Vaccination in Bombay 1869-1873 - 1869-1873
Year: 1869
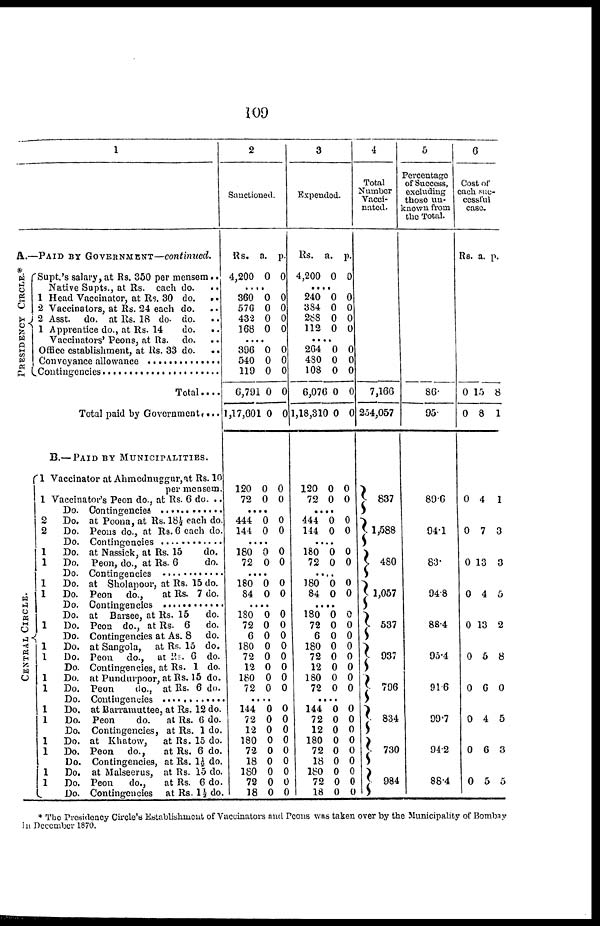
109
1
A.—PAID BY GOVERNMENT—continued.
PRESIDENCY CIRCLE.*
CENTRAL CIRCLE.
Supt.'s salary, at Rs. 350 per mensem ..
Native Supts., at Rs. each do.
..
1 Head Vaccinator, at Rs. 30 do.
..
2 Vaccinators, at Rs. 24 each do. ..
2 Asst. do. at Rs. 18 do. do. ..
1 Apprentice do., at Rs. 14
do. ..
Vaccinators' Peons, at Rs. do.
..
Office establishment, at Rs. 33 do.
..
Conveyance allowance ....................
Contingencies ....................................
Total....
Total paid by Government ....
B.—PAID BY MUNICIPALITIES.
1 Vaccinator at Ahmednuggur,at Rs. 10
per mensem.
1 Vaccinator's Peon do., at Rs. 6 do. ..
Do. Contingencies ....................
2
Do. at Poona, at Rs. 18½ each do.
2
Do. Peons do., at Rs. 6 each do.
Do. Contingencies ................
1
Do. at Nassick, at Rs. 15
do.
1
Do. Peon, do., at Rs. 6
do.
Do. Contingencies ....................
1
Do. at Sholapoor, at Rs. 15 do.
1
Do. Peon do.,
at Rs. 7 do.
Do. Contingencies ....................
Do. at Barsee, at Rs. 15
do.
1
Do. Peon do., at Rs. 6 do.
Do. Contingencies at As. 8 do.
1
Do. at Sangola, at Rs. 15 do.
1
Do. Peon do., at Rs. 6 do.
Do. Contingencies, at Rs. 1 do.
1
Do. at Pundurpoor, at Rs. 15 do.
1
Do. Peon
do., at Rs. 6 do.
Do. Contingencies ....................
1
Do. at Barramuttee, at Rs. 12 do.
1
Do. Peon
do.
at Rs. 6 do.
Do. Contingencies, at Rs. 1 do.
1
Do. at Khatow,
at Rs. 15 do.
1
Do. Peon do.,
at Rs. 6 do.
Do. Contingencies, at Rs. 1½ do.
1
Do. at Malseerus, at Rs. 15 do.
1
Do. Peon
do.,
at Rs. 6 do.
Do. Contingencies at Rs. 1½ do.
2
Sanctioned.
Rs.
4,200
a.
0
p.
0
....
360
576
432
168
0
0
0
0
0
0
0
0
....
396
540
119
6,791
1,17,601
0
0
0
0
0
0
0
0
0
0
120
72
0
0
0
0
....
444
144
0
0
0
0
....
180
72
0
0
0
0
....
180
84
0
0
0
0
....
180
72
6
180
72
12
180
72
0
0
0
0
0
0
0
0
0
0
0
0
0
0
0
0
....
144
72
12
180
72
18
180
72
18
0
0
0
0
0
0
0
0
0
0
0
0
0
0
0
0
0
0
3
Expended.
Rs.
4,200
a.
0
p.
0
....
240
384
268
112
0
0
0
0
0
0
0
0
....
264
480
108
6,076
1,18,310
0
0
0
0
0
0
0
0
0
0
120
72
0
0
0
0
....
444
144
0
0
0
0
....
180
72
0
0
0
0
....
180
84
0
0
0
0
....
180
72
6
180
72
12
180
72
0
0
0
0
0
0
0
0
0
0
0
0
0
0
0
0
....
144
72
12
180
72
18
180
72
18
0
0
0
0
0
0
0
0
0
0
0
0
0
0
0
0
0
0
4
Total
Number
Vacci-
nated.
7,166
254,057
837
1,588
480
1,057
537
937
796
834
730
984
5
Percentage
of Success,
excluding
those un-
known from
the Total.
86.
95.
89.6
94.1
83.
94.8
88.4
95.4
91.6
99.7
94.2
88.4
6
Cost of
each suc-
cessful
case.
Rs. a. p.
0
0
15
8
8
1
0
0
0
0
0
0
0
0
0
0
4
7
13
4
13
5
6
4
6
5
1
3
3
5
2
8
0
5
3
5
* The Presidency Circle's Establishment of Vaccinators and Peons was taken over by the Municipality of Bombay
in December 1870.